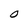
Character: 0